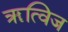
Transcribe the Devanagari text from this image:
ॠत्विज